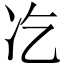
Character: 𠖯